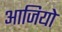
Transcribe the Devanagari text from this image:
आजियो